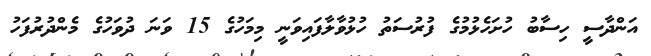
އަންދާސީ ހިސާބުު ހުށަހެޅުމުގެ ފުރުސަތު ހުޅުވާލާފައިވަނީ މިމަހުގެ 15 ވަނަ ދުވަހުގެ މެންދުރުފަހު